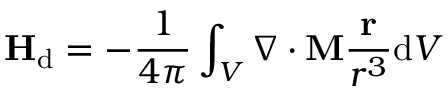
\mathbf { H } _ { \mathrm { d } } = - { \frac { 1 } { 4 \pi } } \int _ { V } \nabla \cdot \mathbf { M } { \frac { \mathbf { r } } { r ^ { 3 } } } \mathrm { d } V